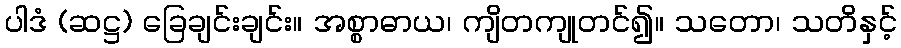
ပါဒံ (ဆဋ္ဌ) ခြေချင်းချင်း။ အစ္စာဓာယ၊ ကျိတကျုတင်၍။ သတော၊ သတိနှင့်